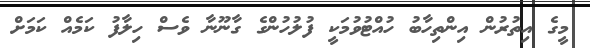
މީގެ އިތުރުން އިންތިހާބު ހުއްޓުވުމަކީ ފުލުހުންގެ ގާނޫނާ ވެސް ހިލާފު ކަމެއް ކަމަށް